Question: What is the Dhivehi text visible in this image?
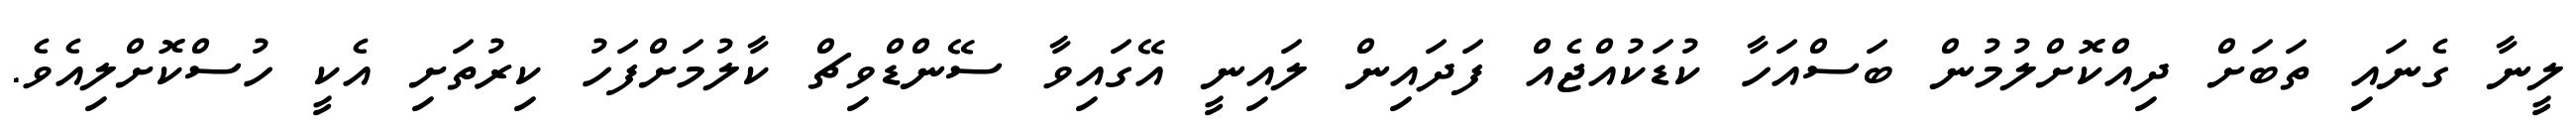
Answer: ލީނާ ގެނައި ތަބަށް ދިއްކޮށްލުމުން ބަސްއަހާ ކުޑަކުއްޖެއް ފަދައިން ލައިނީ އޭގައިވާ ސޭންޑްވިޗް ކާލުމަށްފަހު ކިރުތަށި އެކީ ހުސްކޮށްލިއެވެ.